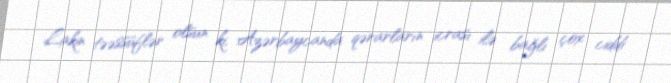
Lakin təəssüflər olsun ki, Azərbaycanda qərarların icrası ilə bağlı çox ciddi